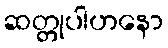
ဆတ္တုပါဟနော